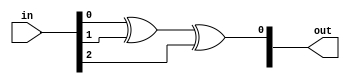
`timescale 1ns / 1ps
//////////////////////////////////////////////////////////////////////////////////
// Company: 
// Engineer: 
// 
// Design Name: 
// Module Name: Lab6Exp1
// Project Name: 
// Target Devices: 
// Tool Versions: 
// Description: 
// 
// Dependencies: 
// 
// Revision:
// Revision 0.01 - File Created
// Additional Comments:
// 
//////////////////////////////////////////////////////////////////////////////////


module fulladder(input[2:0] in, output reg [1:0] out);
wire temp1, temp2;
always @(*) begin
    out[0] <= in[0]^in[1]^in[2];
    out[2] <= in[1]&in[2] || in[0]&in[2] || in[0]&in[1];
end

endmodule